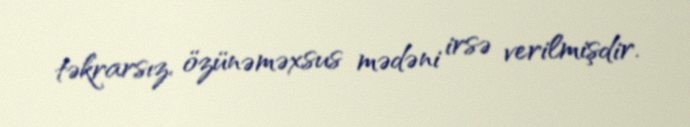
təkrarsız, özünəməxsus mədəni irsə verilmişdir.